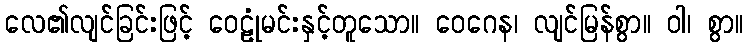
လေ၏လျင်ခြင်းဖြင့် ဝေဠုံမင်းနှင့်တူသော။ ဝေဂေန၊ လျင်မြန်စွာ။ ဝါ၊ စွာ။